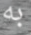
به